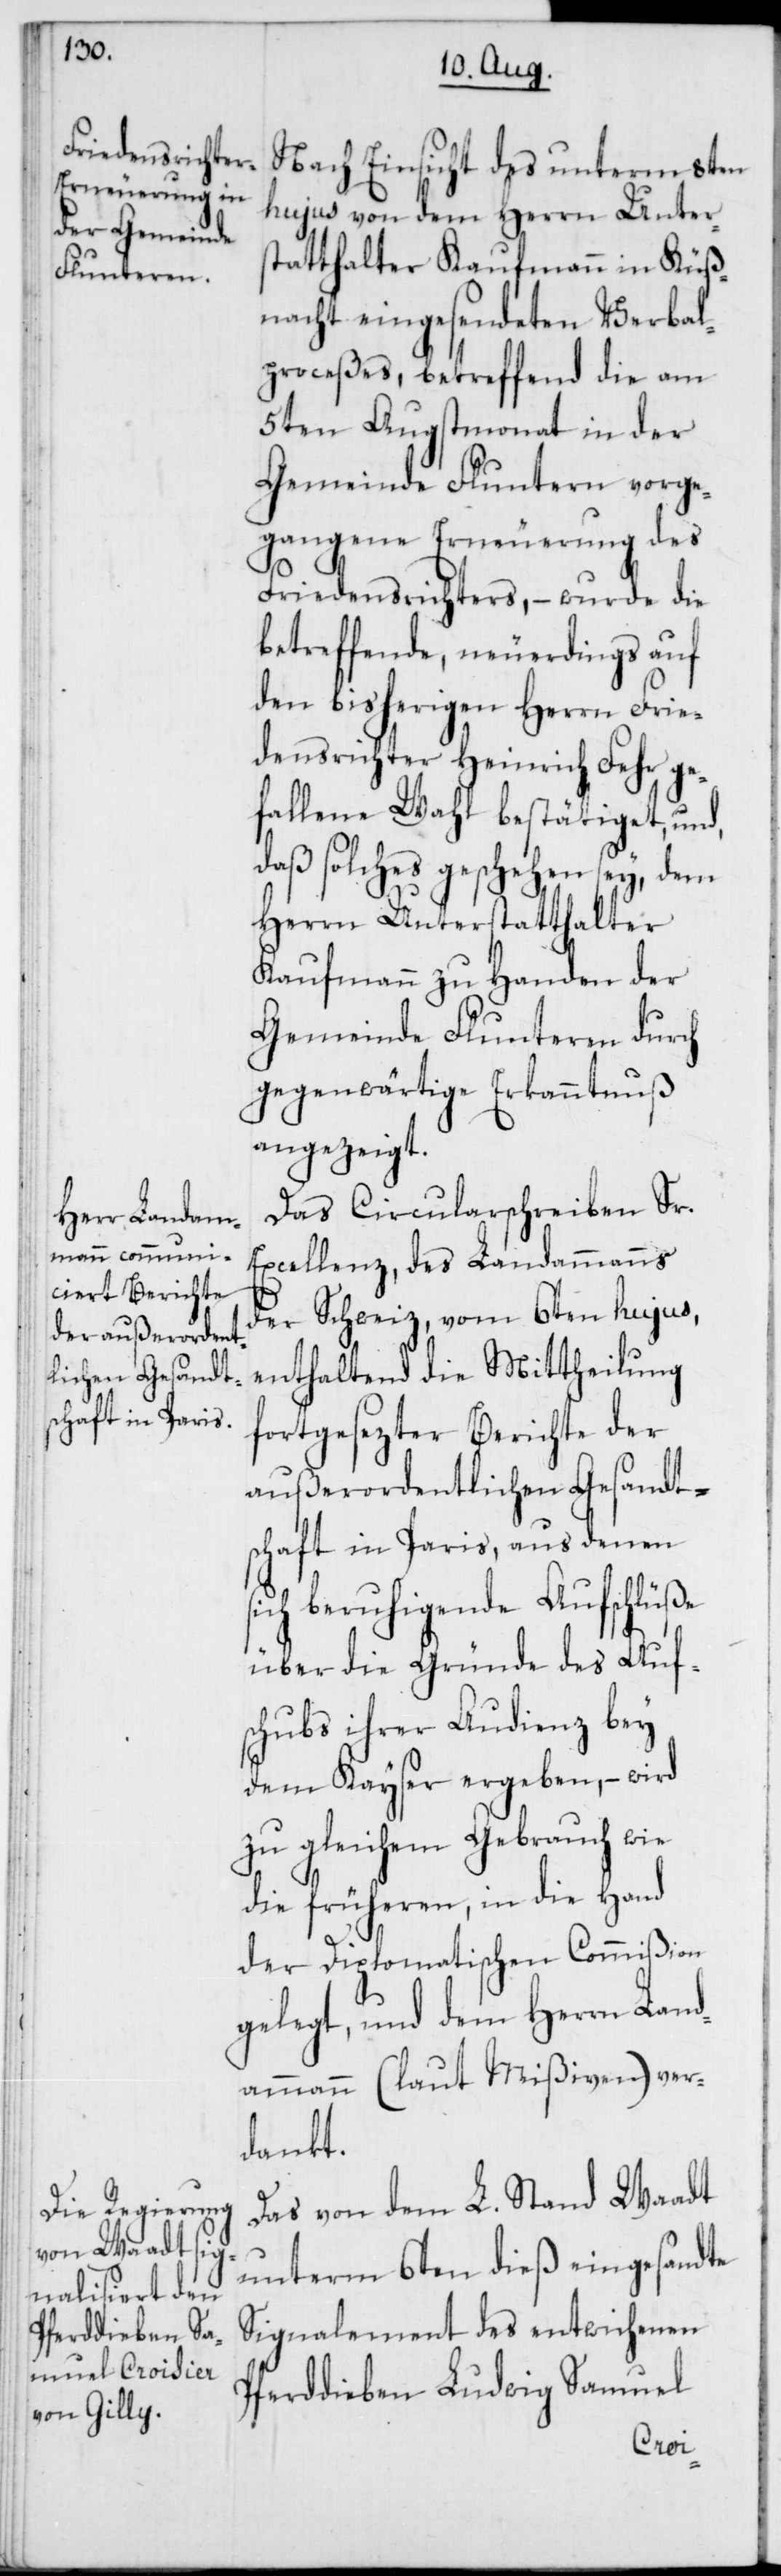
Nach Einsicht des unterm 8ten
hujus von dem Herrn Unters¬
tatthalter Kaufmann in Küß¬
nacht eingesendeten Verbal¬
prozeßes, betreffend die am
5ten Augstmonat in der
Gemeinde Fluntern vorge¬
gangene Erneuerung des
Friedensrichters, – wurde die
betreffende, neuerdings auf
den bisherigen Herrn Frie¬
densrichter Heinrich Fehr ge¬
fallene Wahl bestätiget, und,
daß solches geschehen sey, dem
Herrn Unterstatthalter
Kaufmann zu Handen der
Gemeinde Fluntern durch
gegenwärtige Erkanntnuß
angezeigt.
Das Circularschreiben Sr.
Excellenz, des Landammanns
der Schweiz, vom 6ten hujus,
enthaltend die Mittheilung
fortgesezter Berichte der
außerordentlichen Gesandt¬
schaft in Paris, aus denen
sich beruhigende Aufschlüße
über die Gründe des Auf¬
schubs ihrer Audienz bey
dem Kayser ergeben, – wird
zu gleichem Gebrauch wie
die früheren, in die Hand
der Diplomatischen Commißion
gelegt, und dem Herrn Land¬
ammann (laut Mißiven) ver¬
dankt.
Das von dem L. Stand Waadt
unterm 6ten dieß eingesandte
Signalement des entwichenen
Pferddieben Ludwig Samuel